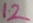
Text: 12